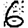
Digit: 6